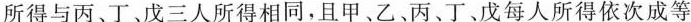
所得与丙、丁、戊三人所得相同，且甲、乙丙、丁、戊每人所得依次成等